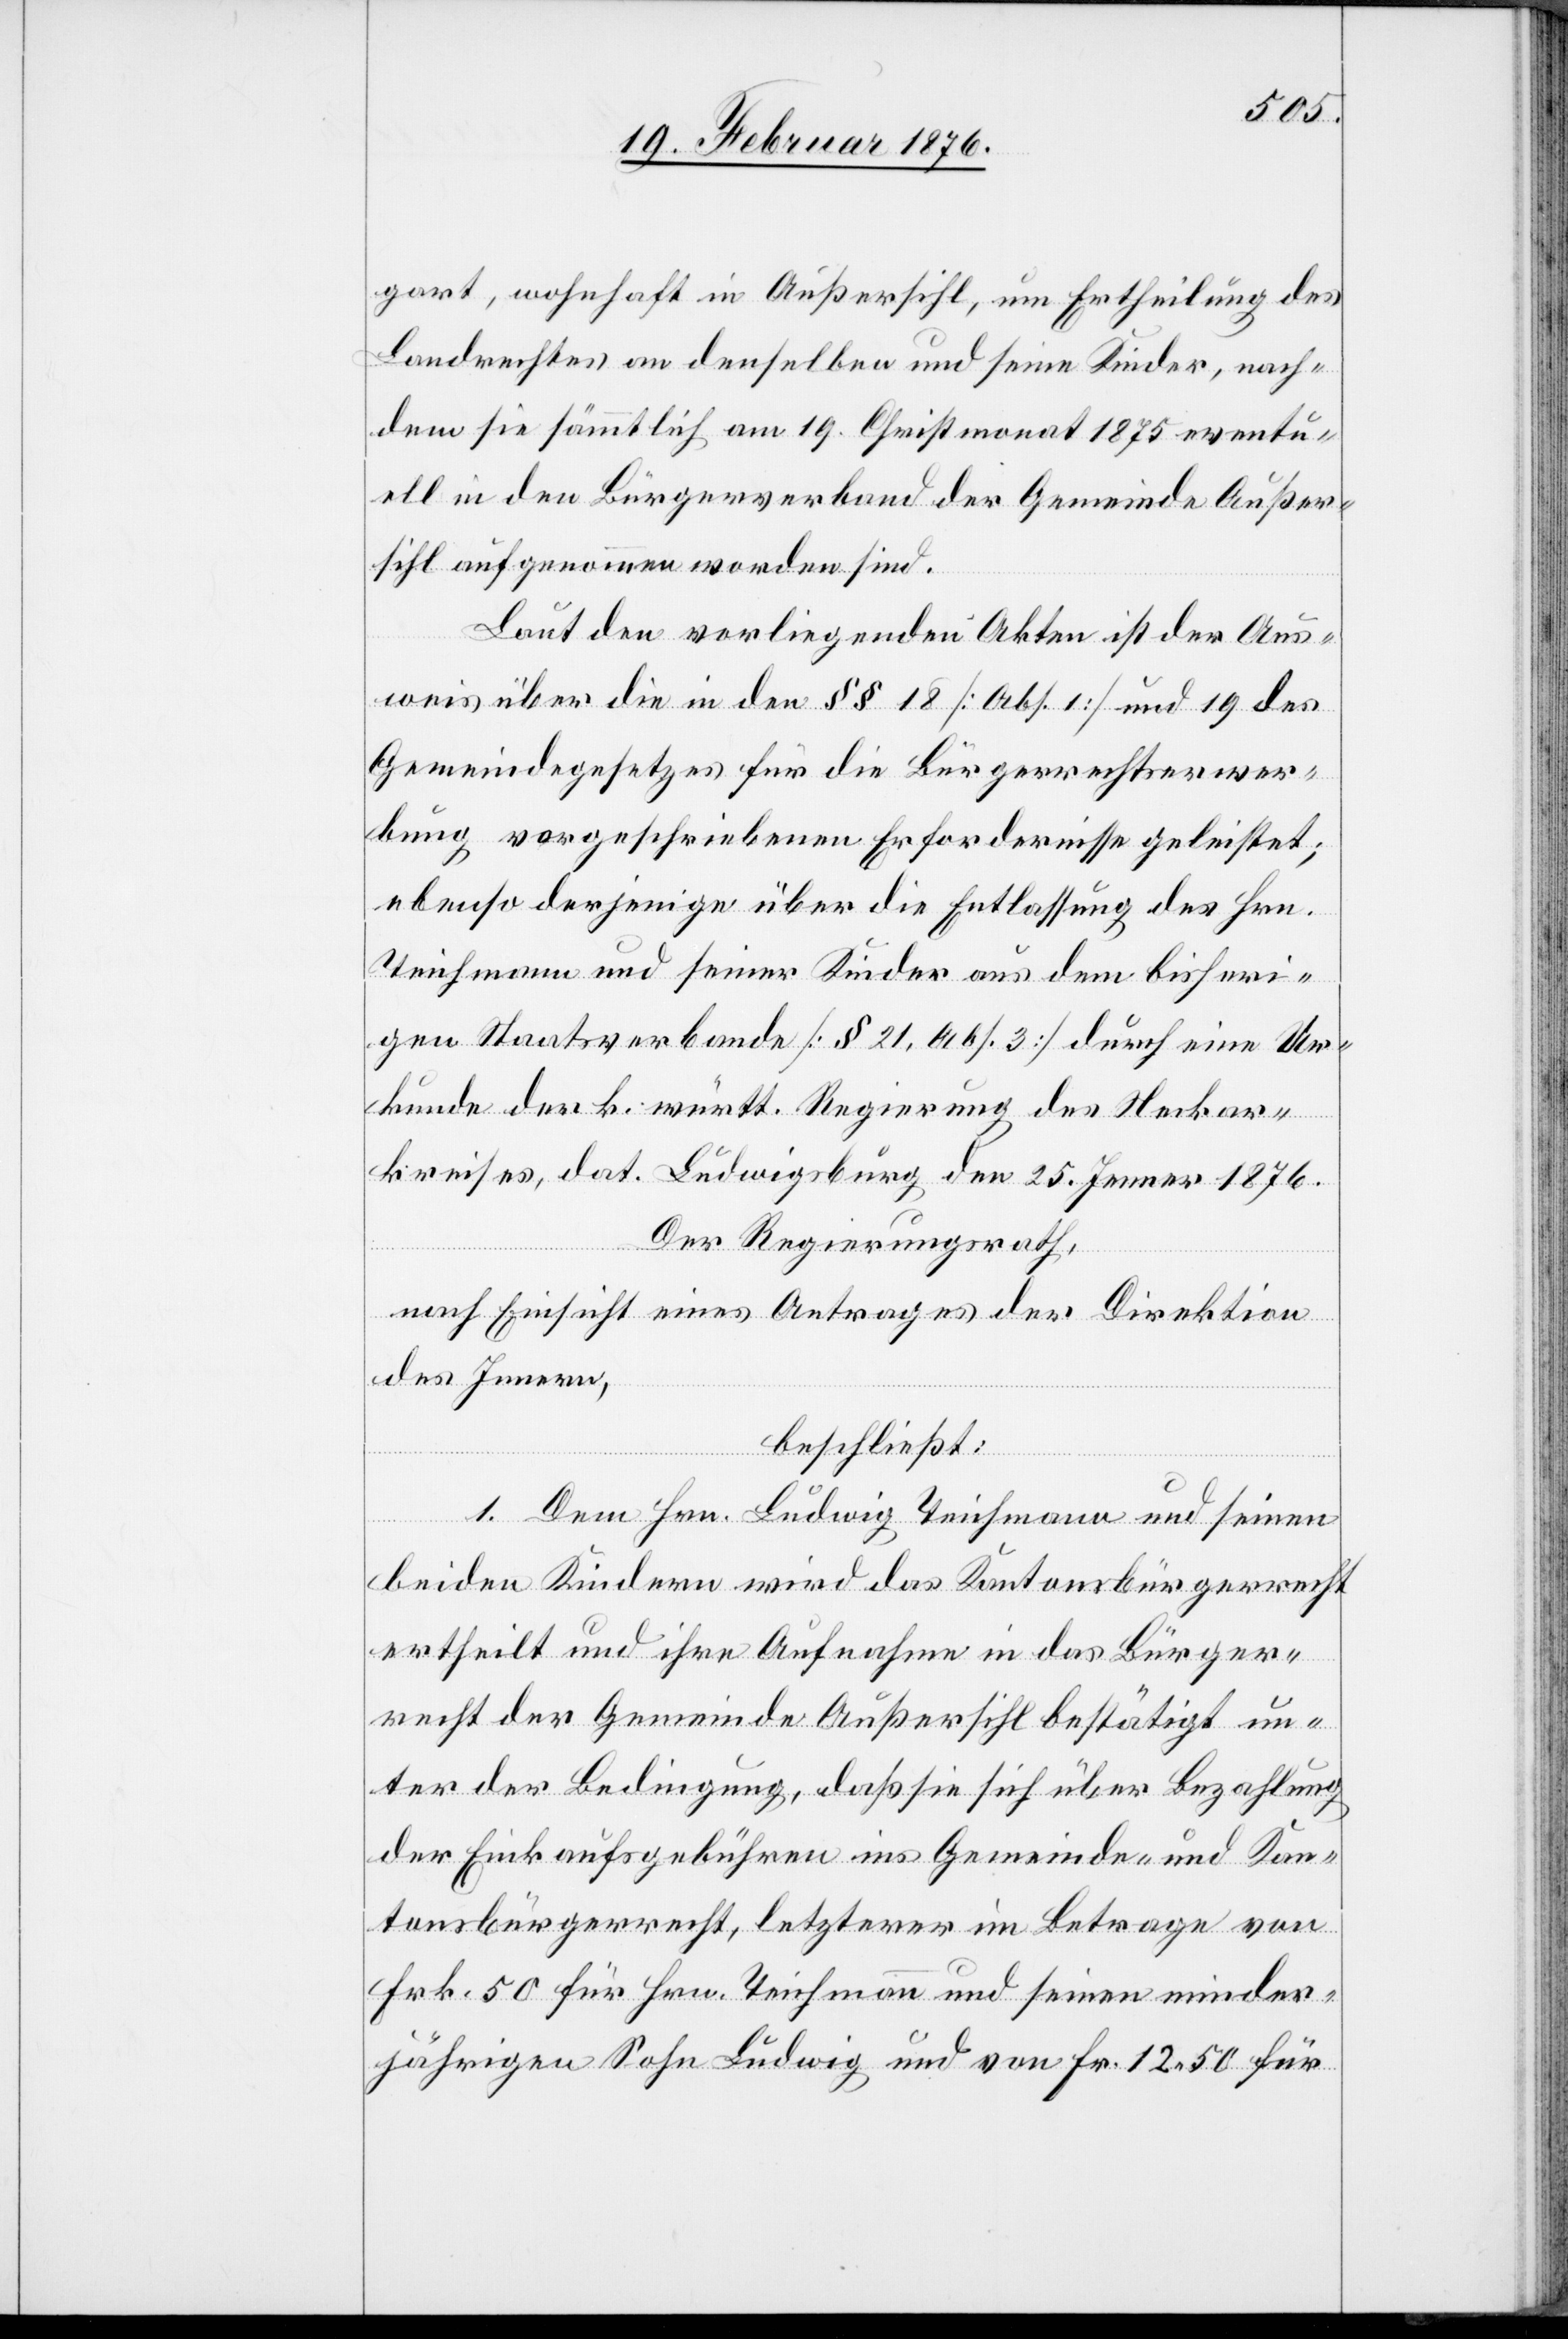
gart, wohnhaft in Außersihl, um Ertheilung des
Landrechtes an denselben und seine Kinder, nach¬
dem sie sämtlich am 19. Christmonat 1875 eventu¬
ell in den Bürgerverband der Gemeinde Außer¬
sihl aufgenommen worden sind.
Laut den vorliegenden Akten ist der Aus¬
weis über die in den §§ 18 [Abs. 1] und 19 des
Gemeindegesetzes für die Bürgerrechtserwer¬
bung vorgeschriebenen Erfordernisse geleistet;
ebenso derjenige über die Entlassung des Hrn.
Teichmann und seiner Kinder aus dem bisheri¬
gen Staatsverbande [§ 21, Abs. 3] durch eine Ur¬
kunde der k. württ. Regierung des Neckar¬
kreises, dat. Ludwigsburg den 25. Jenner 1876.
Der Regierungsrath,
nach Einsicht eines Antrages der Direktion
des Innern,
beschließt:
1. Dem Hrn. Ludwig Teichmann und seinen
beiden Kindern wird das Kantonsbürgerrecht
ertheilt und ihre Aufnahme in das Bürger¬
recht der Gemeinde Außersihl bestätigt un¬
ter der Bedingung, daß sie sich über Bezahlung
der Einkaufsgebühren ins Gemeinde- und Kan¬
tonsbürgerrecht, letzteres im Betrage von
Frk 50 für Hrn. Teichmann und seinen minder¬
jährigen Sohn Ludwig und von Fr. 12 50 für